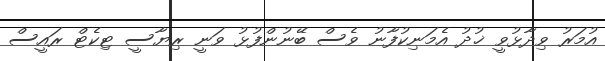
އުމަރު ވިދާޅުވީ ޚުދު އެމަނިކުފާނު ވެސް ބޭނުންފުޅު ވަނީ ރިޔާސީ ޓިކެޓް ރައީސް